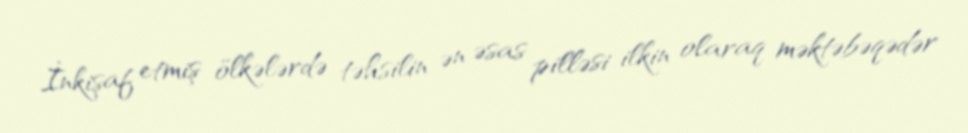
İnkişaf etmiş ölkələrdə təhsilin ən əsas pilləsi ilkin olaraq məktəbəqədər